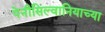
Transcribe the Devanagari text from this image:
पेनीसिल्वानियाच्या